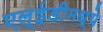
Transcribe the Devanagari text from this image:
एल्‌ईडीमध्ये